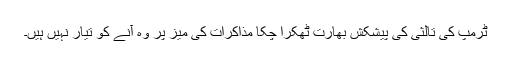
ٹرمپ کی تالثی کی پیشکش بھارت ٹھکرا چکا مذاکرات کی میز پر وہ آنے کو تیار نہیں ہیں۔